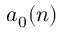
a _ { 0 } ( n )